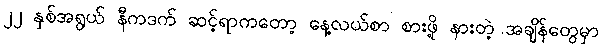
၂၂ နှစ်အရွယ် နီကဒက် ဆင့်ရာကတော့ နေ့လယ်စာ စားဖို့ နားတဲ့ အချိန်တွေမှာ